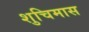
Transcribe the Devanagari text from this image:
शुचिमास